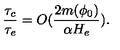
\frac { \tau _ { c } } { \tau _ { e } } = O ( \frac { 2 m ( \phi _ { 0 } ) } { \alpha H _ { e } } ) .